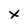
Character: x